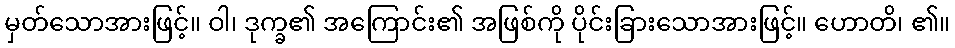
မှတ်သောအားဖြင့်။ ဝါ၊ ဒုက္ခ၏ အကြောင်း၏ အဖြစ်ကို ပိုင်းခြားသောအားဖြင့်။ ဟောတိ၊ ၏။